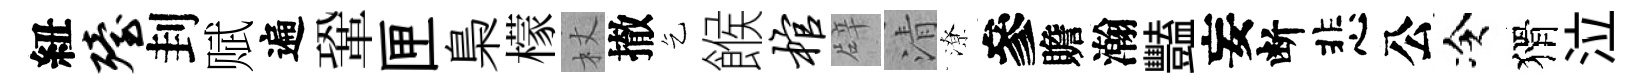
紐殪刲赋遍鞏匣梟檬杖撤乞餱棺辟清潦參贍瀚豔妄断悲公冷猾泣